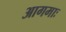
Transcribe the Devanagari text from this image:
आगमाः